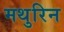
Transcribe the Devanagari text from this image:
मथुरिन